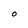
Character: O